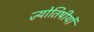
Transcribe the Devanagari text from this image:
ज्योतिषीयों